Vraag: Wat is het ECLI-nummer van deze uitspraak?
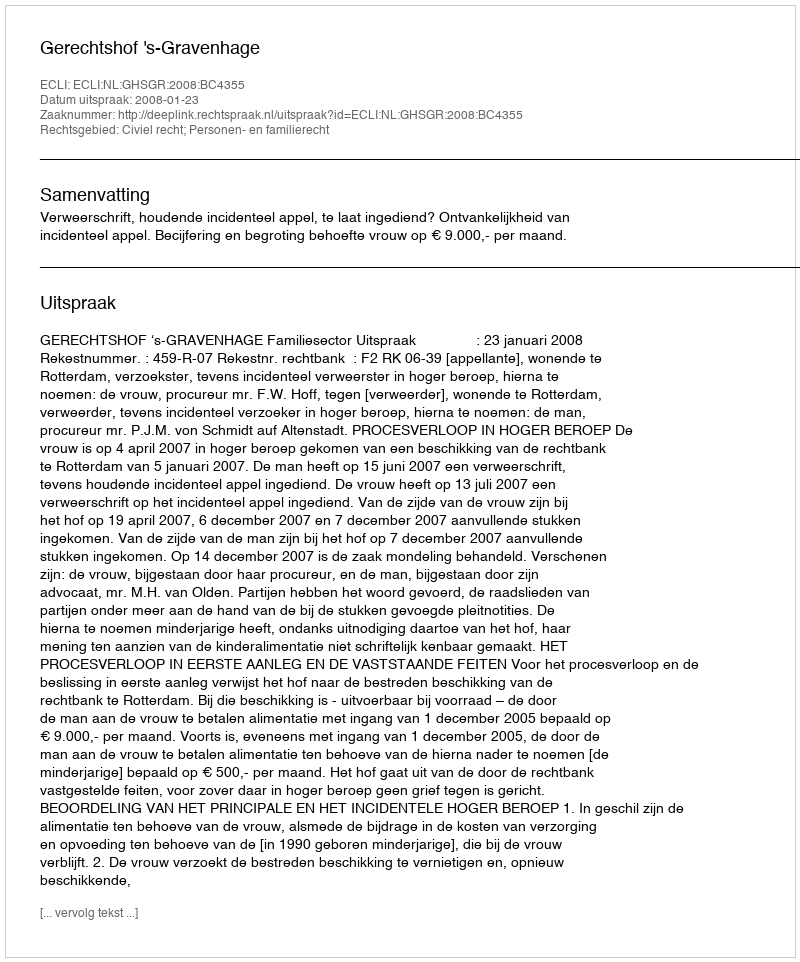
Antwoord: ECLI:NL:GHSGR:2008:BC4355